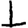
Digit: 1